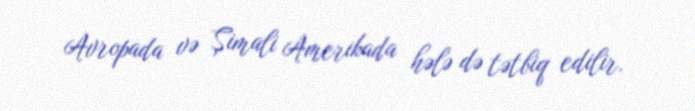
Avropada və Şimali Amerikada hələ də tətbiq edilir.